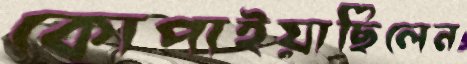
কোপাইয়াছিলেন